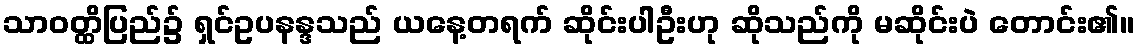
သာဝတ္ထိပြည်၌ ရှင်ဥပနန္ဒသည် ယနေ့တရက် ဆိုင်းပါဦးဟု ဆိုသည်ကို မဆိုင်းပဲ တောင်း၏။